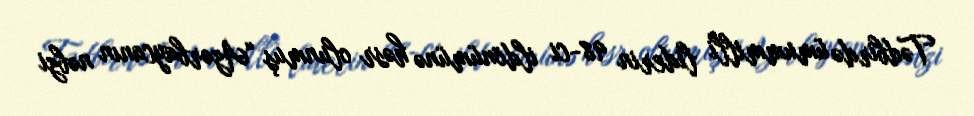
Tədbirdə ümummilli liderin 98-ci ildönümünə həsr olunmuş “Azərbaycanın nəbzi